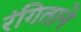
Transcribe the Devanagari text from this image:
रंगिताने